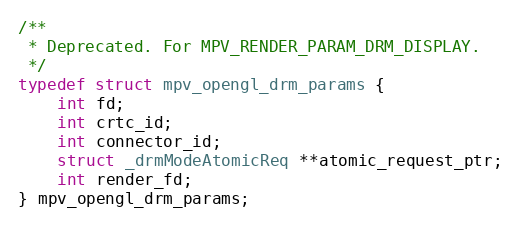
Language: C
/**
 * Deprecated. For MPV_RENDER_PARAM_DRM_DISPLAY.
 */
typedef struct mpv_opengl_drm_params {
    int fd;
    int crtc_id;
    int connector_id;
    struct _drmModeAtomicReq **atomic_request_ptr;
    int render_fd;
} mpv_opengl_drm_params;